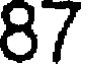
87